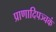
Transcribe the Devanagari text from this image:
प्राणादिपञ्चकं